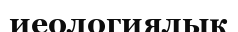
иеологиялық